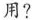
用？